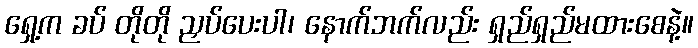
ရှေ့က ခပ် တိုတို ညှပ်ပေးပါ၊ နောက်ဘက်လည်း ရှည်ရှည်မထားစေနဲ့။